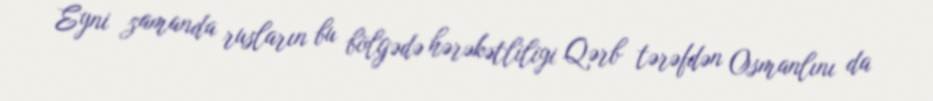
Eyni zamanda rusların bu bölgədə hərəkətliliyi Qərb tərəfdən Osmanlını da